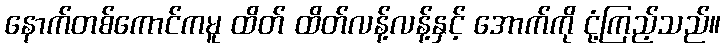
နောက်တစ်ကောင်ကမူ ထိတ် ထိတ်လန့်လန့်နှင့် အောက်ကို ငုံ့ကြည့်သည်။